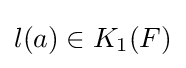
l(a)\in K_{1}(F)